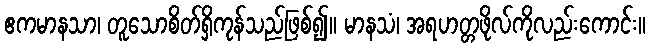
ဧကမာနသာ၊ တူသောစိတ်ရှိကုန်သည်ဖြစ်၍။ မာနသံ၊ အရဟတ္တဖိုလ်ကိုလည်းကောင်း။